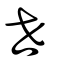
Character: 世